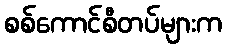
စစ်ကောင်စီတပ်များက